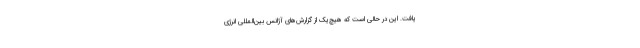
یافت. این در حالی است که هیچ‌یک از گزارش‌های آژانس بین‌المللی انرژی